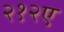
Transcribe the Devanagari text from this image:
२१२ए